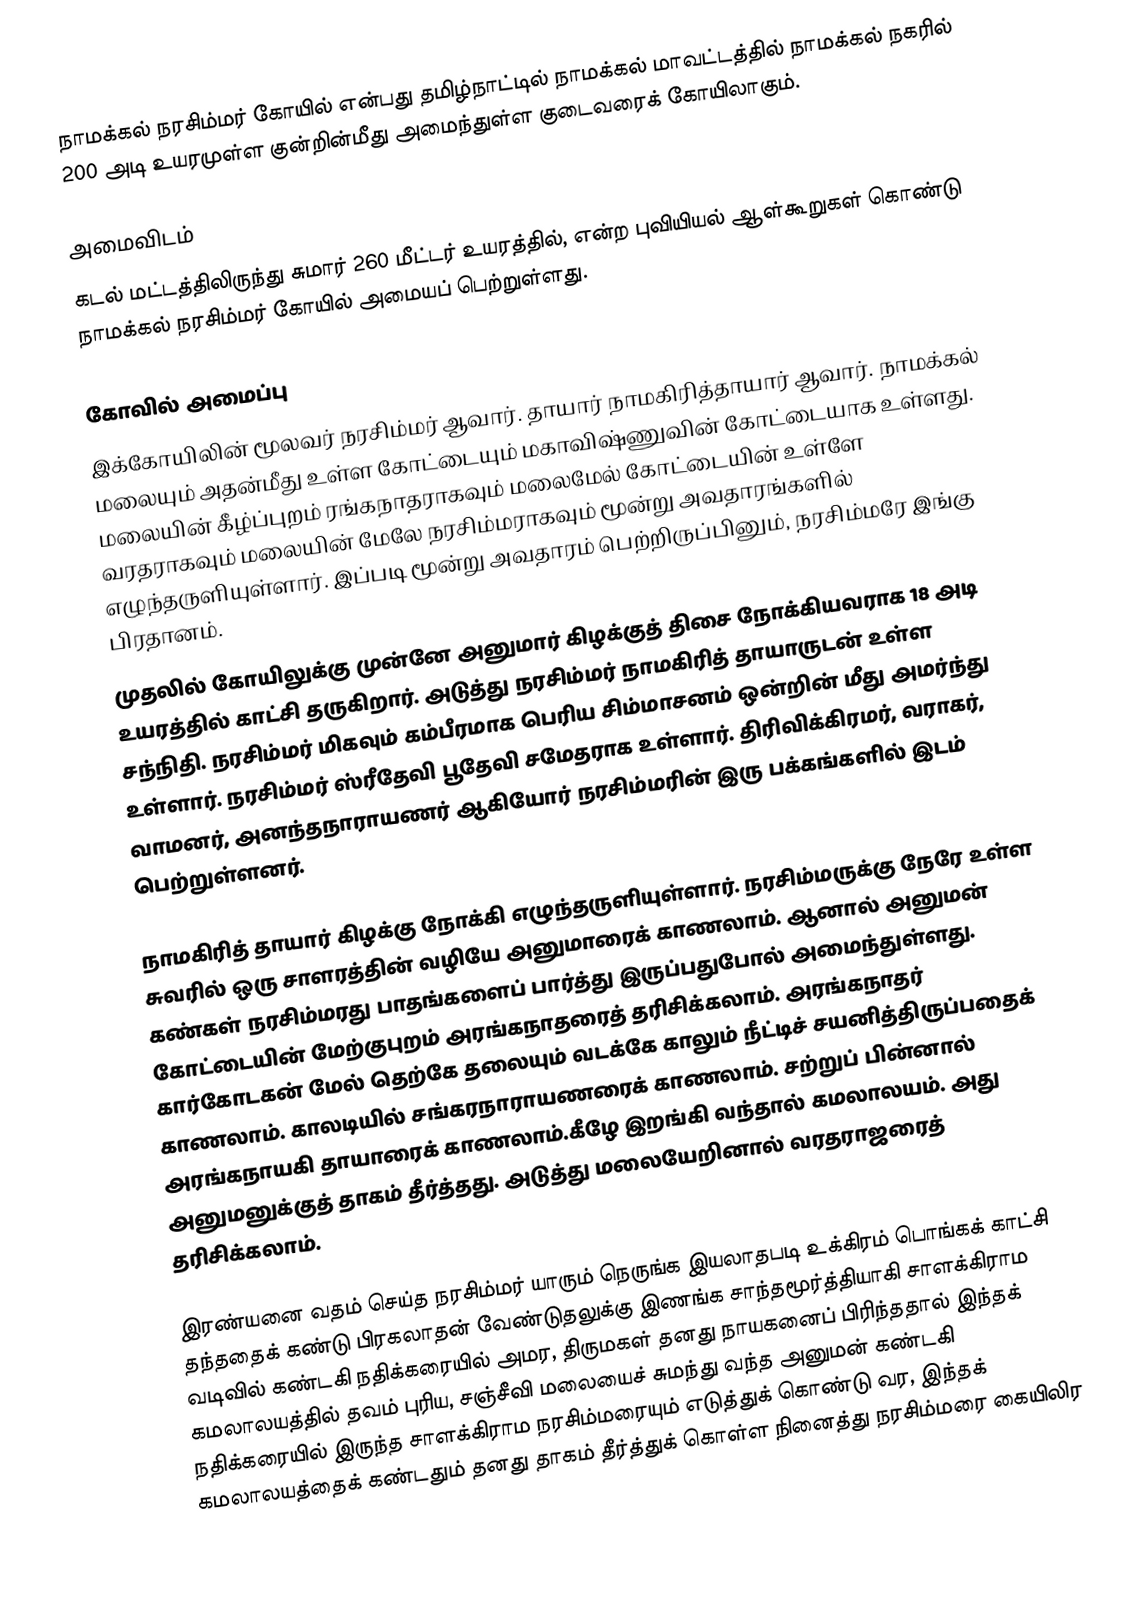
நாமக்கல் நரசிம்மர் கோயில் என்பது தமிழ்நாட்டில் நாமக்கல் மாவட்டத்தில் நாமக்கல் நகரில் 200 அடி உயரமுள்ள குன்றின்மீது அமைந்துள்ள குடைவரைக் கோயிலாகும்.

அமைவிடம்
கடல் மட்டத்திலிருந்து சுமார் 260 மீட்டர் உயரத்தில்,  என்ற புவியியல் ஆள்கூறுகள் கொண்டு நாமக்கல் நரசிம்மர் கோயில் அமையப் பெற்றுள்ளது.

கோவில் அமைப்பு
இக்கோயிலின் மூலவர் நரசிம்மர் ஆவார். தாயார் நாமகிரித்தாயார் ஆவார். நாமக்கல் மலையும் அதன்மீது உள்ள கோட்டையும் மகாவிஷ்ணுவின் கோட்டையாக உள்ளது. மலையின் கீழ்ப்புறம் ரங்கநாதராகவும் மலைமேல் கோட்டையின் உள்ளே வரதராகவும் மலையின் மேலே நரசிம்மராகவும் மூன்று அவதாரங்களில் எழுந்தருளியுள்ளார். இப்படி மூன்று அவதாரம் பெற்றிருப்பினும், நரசிம்மரே இங்கு பிரதானம்.
முதலில் கோயிலுக்கு முன்னே அனுமார் கிழக்குத் திசை நோக்கியவராக 18 அடி உயரத்தில் காட்சி தருகிறார். அடுத்து நரசிம்மர் நாமகிரித் தாயாருடன் உள்ள சந்நிதி. நரசிம்மர் மிகவும் கம்பீரமாக பெரிய சிம்மாசனம் ஒன்றின் மீது அமர்ந்து உள்ளார். நரசிம்மர் ஸ்ரீதேவி பூதேவி சமேதராக உள்ளார். திரிவிக்கிரமர், வராகர், வாமனர், அனந்தநாராயணர் ஆகியோர் நரசிம்மரின் இரு பக்கங்களில் இடம் பெற்றுள்ளனர்.

நாமகிரித் தாயார் கிழக்கு நோக்கி எழுந்தருளியுள்ளார். நரசிம்மருக்கு நேரே உள்ள சுவரில் ஒரு சாளரத்தின் வழியே அனுமாரைக் காணலாம். ஆனால் அனுமன் கண்கள் நரசிம்மரது பாதங்களைப் பார்த்து இருப்பதுபோல் அமைந்துள்ளது. கோட்டையின் மேற்குபுறம் அரங்கநாதரைத் தரிசிக்கலாம். அரங்கநாதர் கார்கோடகன் மேல் தெற்கே தலையும் வடக்கே காலும் நீட்டிச் சயனித்திருப்பதைக் காணலாம். காலடியில் சங்கரநாராயணரைக் காணலாம். சற்றுப் பின்னால் அரங்கநாயகி தாயாரைக் காணலாம்.கீழே இறங்கி வந்தால் கமலாலயம். அது அனுமனுக்குத் தாகம் தீர்த்தது. அடுத்து மலையேறினால் வரதராஜரைத் தரிசிக்கலாம்.

இரண்யனை வதம் செய்த நரசிம்மர் யாரும் நெருங்க இயலாதபடி உக்கிரம் பொங்கக் காட்சி தந்ததைக் கண்டு பிரகலாதன் வேண்டுதலுக்கு இணங்க சாந்தமூர்த்தியாகி சாளக்கிராம வடிவில் கண்டகி நதிக்கரையில் அமர, திருமகள் தனது நாயகனைப் பிரிந்ததால் இந்தக் கமலாலயத்தில் தவம் புரிய, சஞ்சீவி மலையைச் சுமந்து வந்த அனுமன் கண்டகி நதிக்கரையில் இருந்த சாளக்கிராம  நரசிம்மரையும் எடுத்துக் கொண்டு வர, இந்தக் கமலாலயத்தைக் கண்டதும் தனது தாகம் தீர்த்துக் கொள்ள நினைத்து நரசிம்மரை கையிலிர